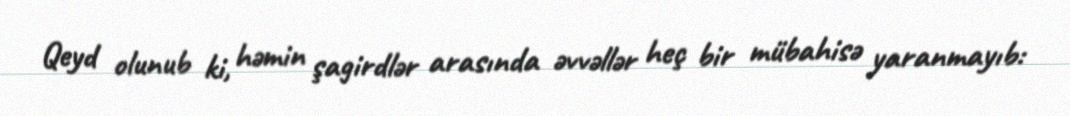
Qeyd olunub ki, həmin şagirdlər arasında əvvəllər heç bir mübahisə yaranmayıb: